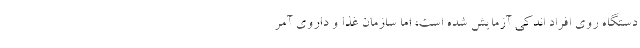
دستگاه روی افراد اندکی آزمایش شده است، اما سازمان غذا و داروی آمر